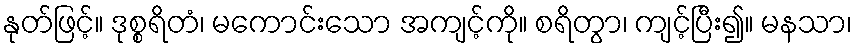
နုတ်ဖြင့်။ ဒုစ္စရိတံ၊ မကောင်းသော အကျင့်ကို။ စရိတွာ၊ ကျင့်ပြီး၍။ မနသာ၊